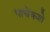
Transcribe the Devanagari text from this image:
पाचेकशे